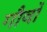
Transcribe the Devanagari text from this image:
गौवों